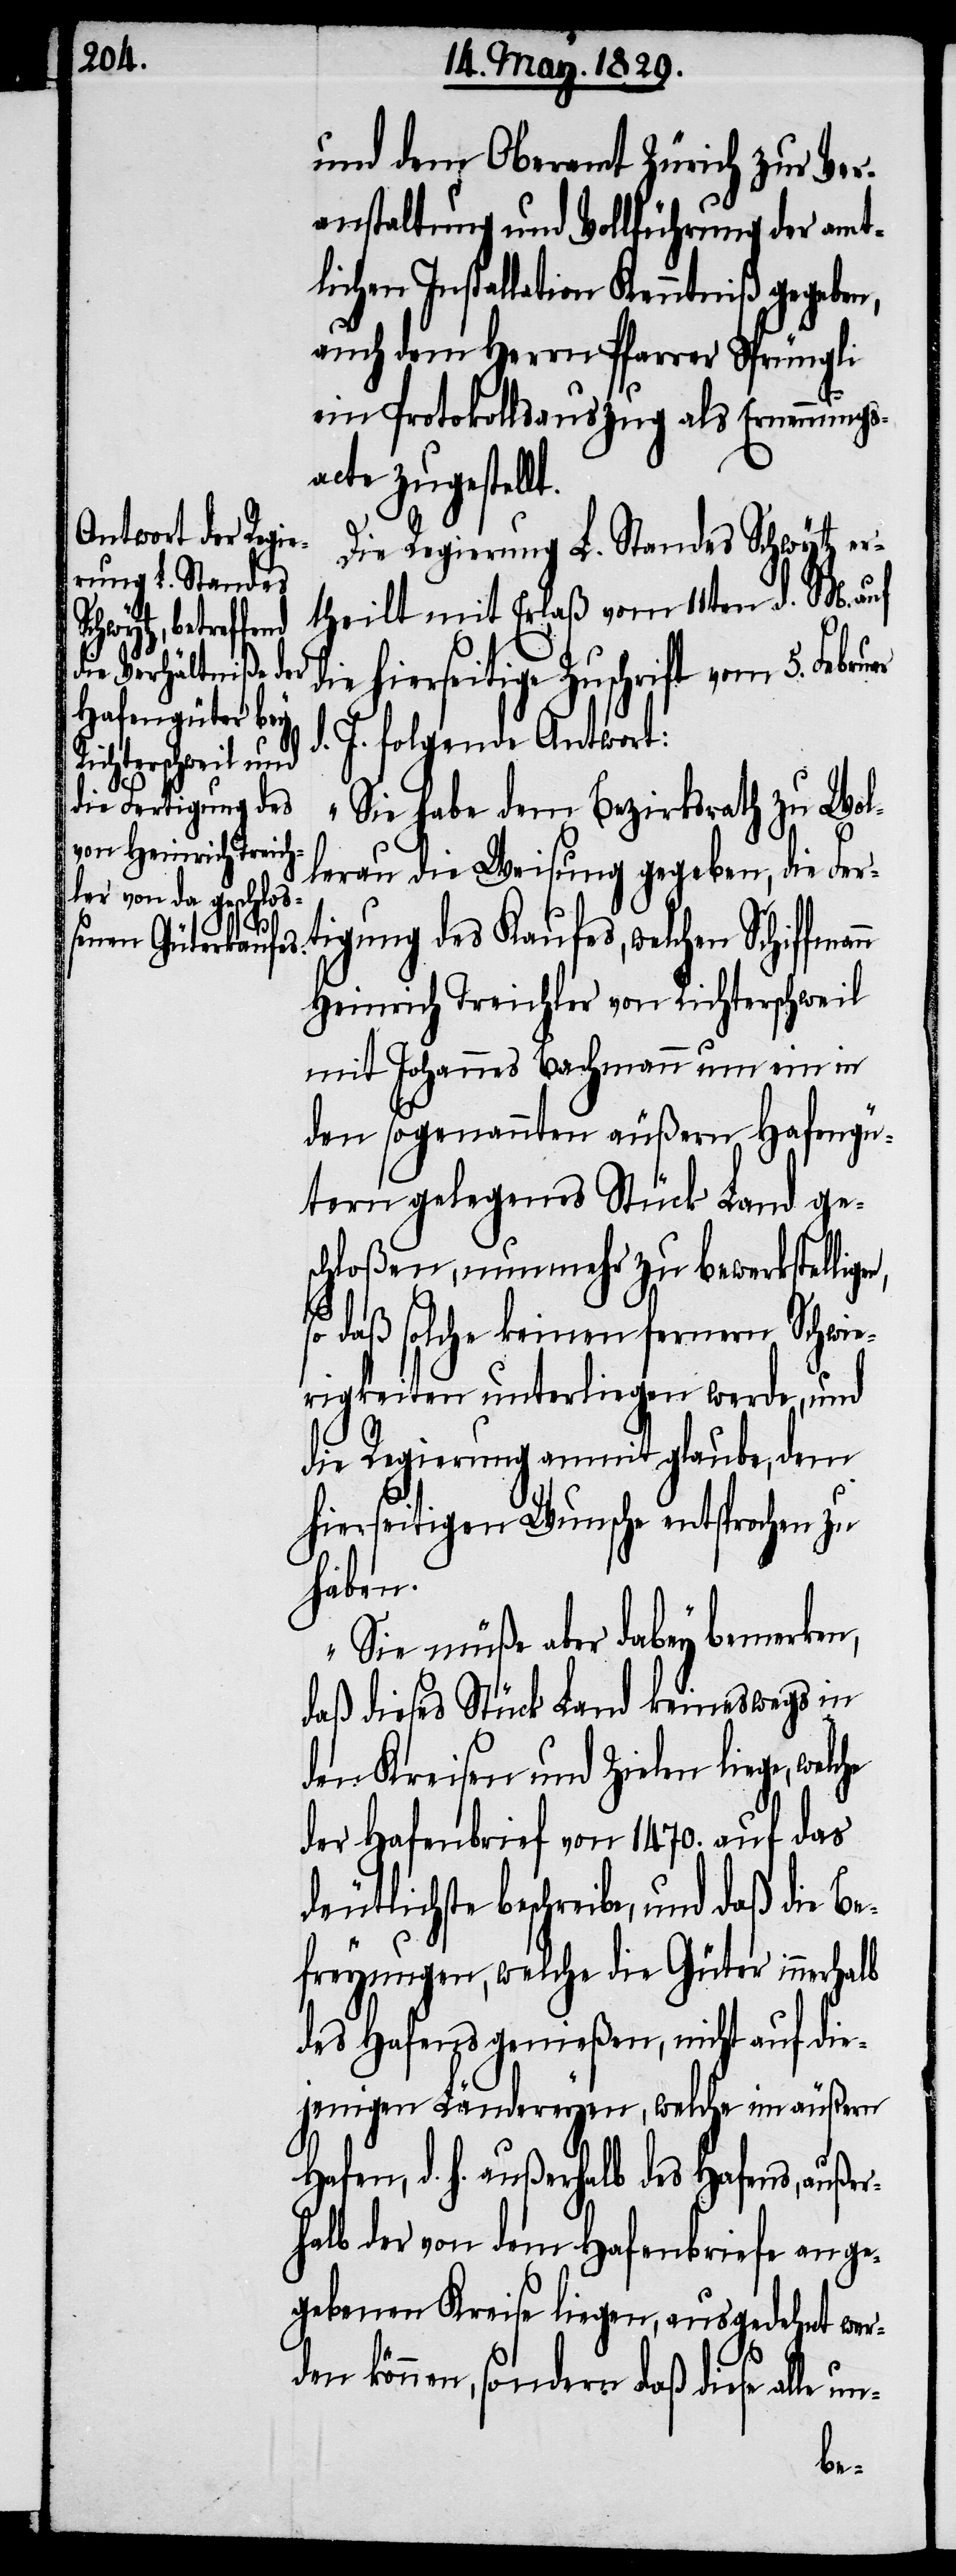
und dem Oberamt Zürich zur Ver¬
anstaltung und Vollführung der amt¬
lichen Installation Kenntniß gegeben,
auch dem Herrn Pfarrer Sprüngli
ein Protokollsauszug als Ernennungs¬
acte zugestellt.
Die Regierung L. Standes Schwytz er¬
theilt mit Erlaß vom 11ten d. M. auf
deutlichste
tigung des Kaufes, welchen
d. J. folgende Antwort:
„Sie habe dem Bezirksrath zu Wol¬
lerau die Weisung gegeben, die Fer¬
Heinrich Treichler von Richterschweil
mit Johannes Bachmann um ein in
den sogenannten äußern Hafengü¬
tern gelegenes Stück Land ge¬
schloßen, nunmehr zu bewerkste¬
so daß solche keinen fernern Schwie¬
rigkeiten unterliegen werde, und
die Regierung anmit glaube, dem
hierseitigen Wunsche entsprochen zu
haben.
Sie müße aber dabey bemerken,
daß dieses Stück Land keineswegs in
den Kreisen und Zielen liege,
der Hafenbrief von 1470. auf das
beschreibe, und daß die Be¬
freyung, welche die Güter innerhalb
des Hafens genießen, nicht auf die¬
jenigen Ländereyen, welche im äußern
Hafen, d. h. außerhalb des Hafens, außer¬
halb der von dem Hafenbriefe ange¬
gebenen Kreise liegen, ausgedehnt wer¬
den können, sondern daß diese alle